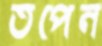
তপেন